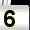
Digit: 5